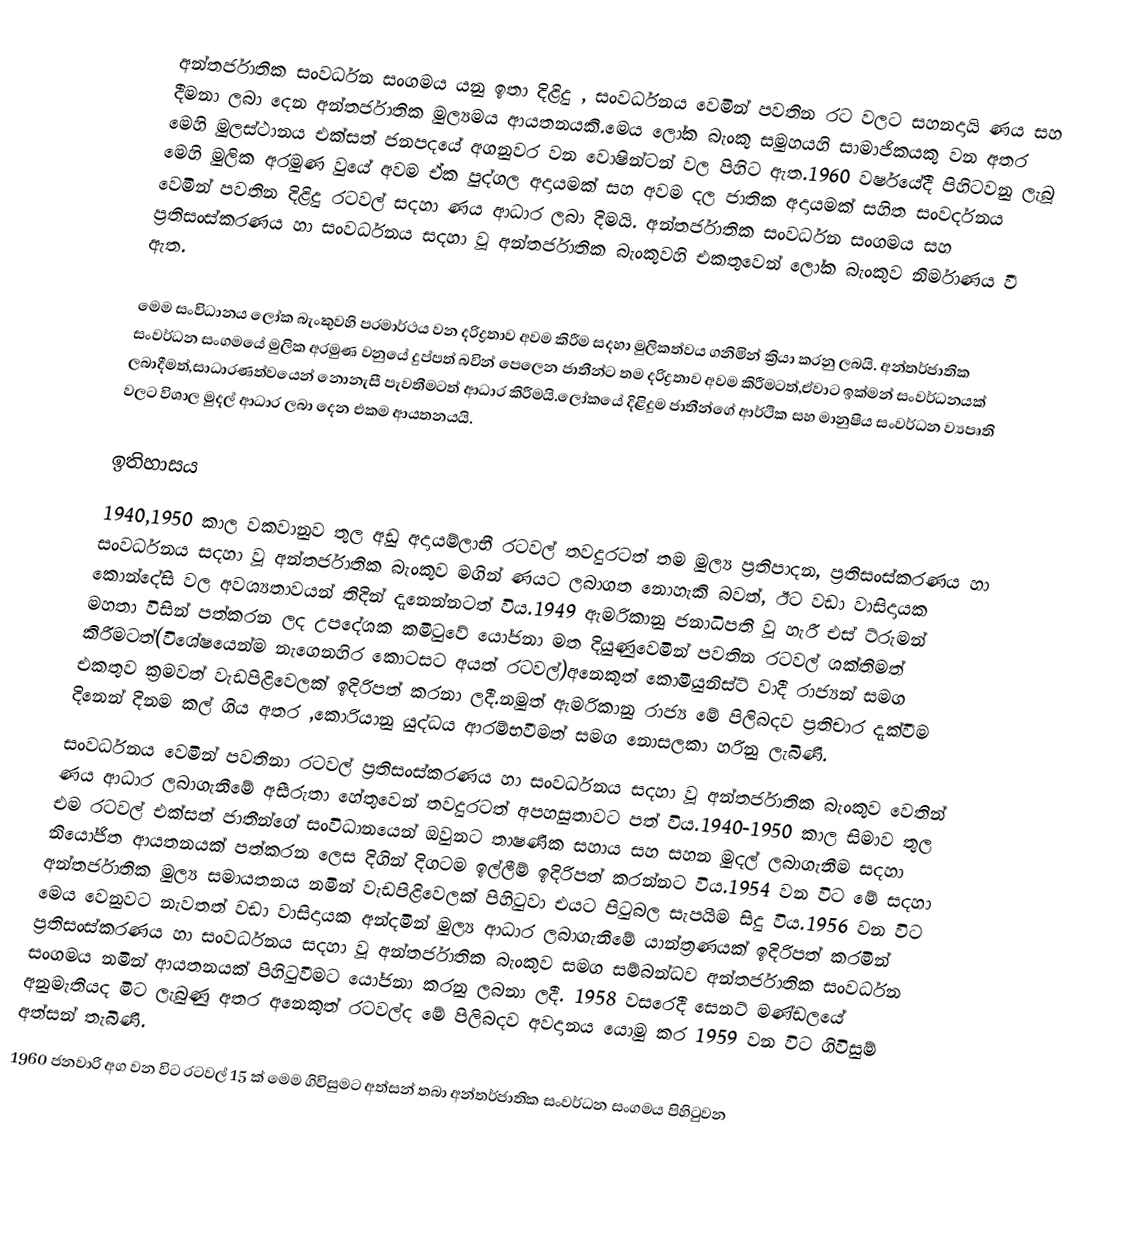
අන්තර්ජාතික සංවර්ධන සංගමය යනු ඉතා දිළිදු , සංවර්ධනය වෙමින් පවතින රට වලට සහනදායි ණය සහ දීමනා ලබා දෙන අන්තර්ජාතික මුල්‍යමය ආයතනයකි.මෙය ලෝක බැංකු සමුහයහි සාමාජිකයකු වන අතර මෙහි මුලස්ථානය එක්සත් ජනපදයේ අගනුවර වන වොෂින්ටන් වල පිහිට ඇත.1960 වර්ෂයේදී පිහිටවනු ලැබූ මෙහි මුලික අරමුණ වුයේ අවම ඒක පුද්ගල අදායමක් සහ අවම දල ජාතික අදායමක් සහිත සංවර්දනය වෙමින් පවතින දිළිදු රටවල් සදහා ණය ආධාර ලබා දිමයි. අන්තර්ජාතික සංවර්ධන සංගමය සහ ප්‍රතිසංස්කරණය හා සංවර්ධනය සදහා වූ අන්තර්ජාතික බැංකුවහි එකතුවෙන් ලෝක බැංකුව නිර්මාණය වී ඇත.

මෙම සංවිධානය ලෝක බැංකුවහි පරමාර්ථය වන දරිද්‍රතාව අවම කිරීම සදහා මුලිකත්වය ගනිමින් ක්‍රියා කරනු ලබයි. අන්තර්ජාතික සංවර්ධන සංගමයේ මුලික අරමුණ වනුයේ දුප්පත් බවින් පෙලෙන ජාතීන්ට තම දරිද්‍රතාව අවම කිරීමටත්,ඒවාට ඉක්මන් සංවර්ධනයක් ලබාදීමත්,සාධාරණත්වයෙන් නොනැසී පැවතීමටත් ආධාර කිරීමයි.ලෝකයේ දිළිදුම ජාතීන්ගේ ආර්ථික සහ මානුෂිය සංවර්ධන ව්‍යපෘති වලට විශාල මුදල් ආධාර ලබා දෙන එකම ආයතනයයි.

ඉතිහාසය
1940,1950 කාල වකවානුව තුල අඩු අදායම්ලාභී රටවල් තවදුරටත් තම මුල්‍ය ප්‍රතිපාදන, ප්‍රතිසංස්කරණය හා සංවර්ධනය සදහා වූ අන්තර්ජාතික බැංකුව මගින් ණයට ලබාගත නොහැකි බවත්, ඊට වඩා වාසිදායක කොන්දේසි වල අවශ්‍යතාවයන් තිදින් දැනෙන්නටත් විය.1949 ඇමරිකානු ජනාධිපති වූ හැරී එස් ට්රුමන් මහතා විසින් පත්කරන ලද උපදේශක කමිටුවේ යෝජනා මත දියුණුවෙමින් පවතින රටවල් ශක්තිමත් කිරීමටත්(විශේෂයෙන්ම නැගෙනහිර කොටසට අයත් රටවල්)අනෙකුත් කොමියුනිස්ට් වාදී රාජ්‍යන් සමග එකතුව ක්‍රමවත් වැඩපිළිවෙලක් ඉදිරිපත් කරනා ලදී.නමුත් ඇමරිකානු රාජ්‍ය මේ පිලිබදව ප්‍රතිචාර දැක්වීම දිනෙන් දිනම කල් ගිය අතර ,කොරියානු යුද්ධය ආරම්භවීමත් සමග නොසලකා හරිනු ලැබිණි.
සංවර්ධනය වෙමින් පවතිනා රටවල් ප්‍රතිසංස්කරණය හා සංවර්ධනය සදහා වූ අන්තර්ජාතික බැංකුව වෙතින් ණය ආධාර ලබාගැනීමේ අසීරුතා  හේතුවෙන් තවදුරටත් අපහසුතාවට පත් විය.1940-1950 කාල සිමාව තුල එම රටවල් එක්සත් ජාතීන්ගේ සංවිධානයෙන් ඔවුනට තාෂණික සහාය සහ සහන මුදල් ලබාගැනීම සදහා නියෝජිත ආයතනයක් පත්කරන ලෙස  දිගින් දිගටම ඉල්ලීම් ඉදිරිපත් කරන්නට විය.1954 වන විට මේ සදහා අන්තර්ජාතික මුල්‍ය සමායතනය නමින් වැඩපිළිවෙලක් පිහිටුවා එයට පිටුබල සැපයීම සිදු විය.1956 වන විට මෙය වෙනුවට නැවතත් වඩා වාසිදායක අන්දමින් මුල්‍ය ආධාර ලබාගැනීමේ යාන්ත්‍රණයක් ඉදිරිපත් කරමින්  ප්‍රතිසංස්කරණය හා සංවර්ධනය සදහා වූ අන්තර්ජාතික බැංකුව සමග  සම්බන්ධව අන්තර්ජාතික සංවර්ධන සංගමය නමින් ආයතනයක් පිහිටුවීමට යෝජනා කරනු ලබනා  ලදී. 1958 වසරෙදී සෙනට් මණ්ඩලයේ අනුමැතියද මිට ලැබුණු අතර අනෙකුත් රටවල්ද මේ පිලිබදව අවදානය  යොමු කර 1959 වන විට ගිවිසුම් අත්සන් තැබිණි.
1960 ජනවාරි අග වන විට රටවල් 15 ක් මෙම ගිවිසුමට අත්සන් තබා අන්තර්ජාතික සංවර්ධන සංගමය පිහිටුවන